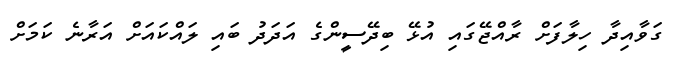
ގަވާއިދާ ހިލާފަށް ރާއްޖޭގައި އުޅޭ ބިދޭސީންގެ އަދަދު ބައި ލައްކައަށް އަރާނެ ކަމަށް